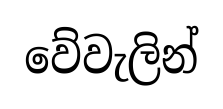
වේවැලින්